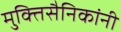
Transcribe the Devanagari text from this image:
मुक्तिसैनिकांनी